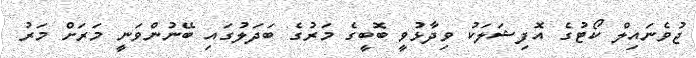
ޖުވެނައިލް ކޯޓުގެ އޮފިޝަލަކު ވިދާޅުވީ ބޮބީގެ މަރުގެ ބަދަލުގައި ބޭނުންވަނީ މަރަށް މަރު